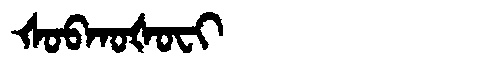
Manchu: ᡧᠣᠪᡴᠣᡧᠣᠸᡳ
Romanization: ŠOBKOŠOFI